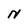
Character: u